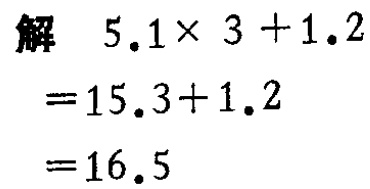
解

\[

\begin{align*}

&5.1\times 3 + 1.2\\

=&15.3 + 1.2\\

=&16.5

\end{align*}

\]